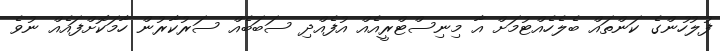
ފުލުހުންގެ ކަންތައް ބެލެހެއްޓުމަށް އާ މިނިސްޓްރީއެއް އުފެއްދި ސަބަބެއް ސަރުކާރުން ހާމަކޮށްފައެއް ނުވެ